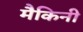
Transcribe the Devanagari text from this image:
मैकिनी